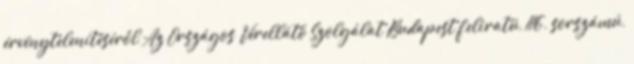
érvénytelenítéséről Az Országos Vérellátó Szolgálat Budapest feliratú, 116. sorszámú,